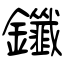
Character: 鑯